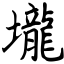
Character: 壠